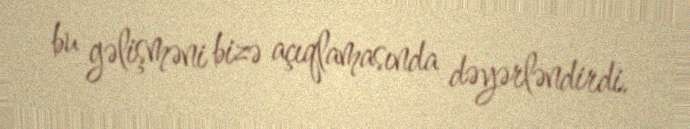
bu gəlişməni bizə açıqlamasında dəyərləndirdi.